Scottish Leaving Certificate Examination, 1961
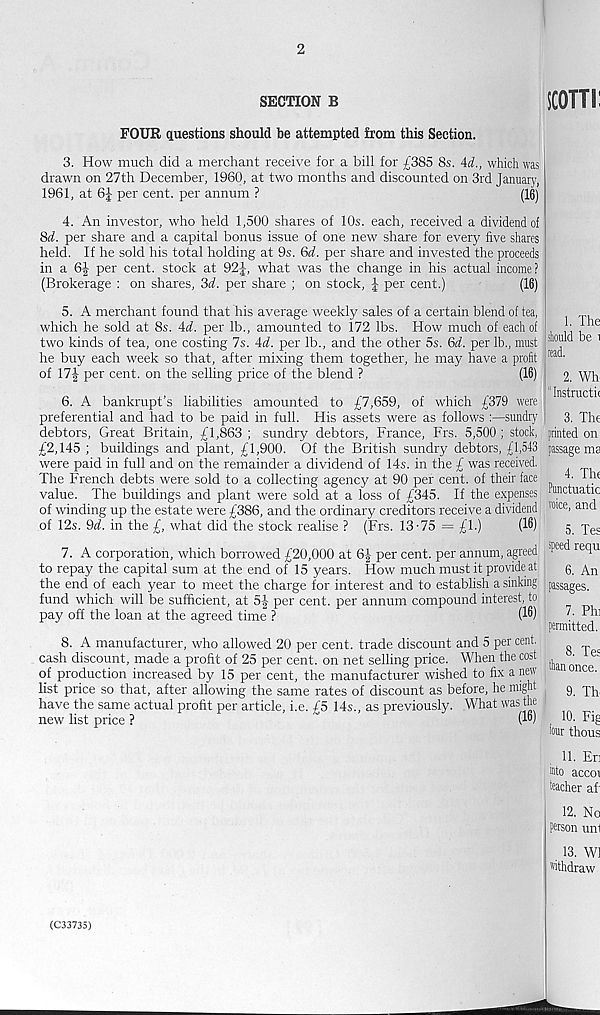
2
SECTION B
FOUR questions should be attempted from this Section.
3. How much did a merchant receive for a bill for £385 8s. Ad., which was
drawn on 27th December, 1960, at two months and discounted on 3rd January,
1961, at 6J- per cent, per annum ?
(16)
4. An investor, who held 1,500 shares of 10s. each, received a dividend of
8d. per share and a capital bonus issue of one new share for every five shares
held. If he sold his total holding at 9s. Qd. per share and invested the proceeds
in a 6| per cent, stock at 92what was the change in his actual income?
(Brokerage : on shares, 3d. per share ; on stock, J per cent.)
(16)
5. A merchant found that his average weekly sales of a certain blend of tea,
which he sold at 8s. Ad. per lb., amounted to 172 lbs. How much of each of
two kinds of tea, one costing 7s. Ad. per lb., and the other 5s. Qd. per lb., must
he buy each week so that, after mixing them together, he may have a profit
of ll\ per cent, on the selling price of the blend ?
(16)
6. A bankrupt’s liabilities amounted to £7,659, of which £379 were
preferential and had to be paid in full. His assets were as follows :—sundry
debtors, Great Britain, £1,863 ; sundry debtors, France, Frs. 5,500 ; stock,
£2,145 ; buildings and plant, £1,900. Of the British sundry debtors, £1,543
were paid in full and on the remainder a dividend of 14s. in the £ was received.
The French debts were sold to a collecting agency at 90 per cent, of their face
value. The buildings and plant were sold at a loss of £345. If the expenses
of winding up the estate were £386, and the ordinary creditors receive a dividend
of 12s. 9d. in the £, what did the stock realise ? (Frs. 13-75 = £1.)
(16)
7. A corporation, which borrowed £20,000 at 6| per cent, per annum, agreed
to repay the capital sum at the end of 15 years. How much must it provide at
the end of each year to meet the charge for interest and to establish a sinking
fund which will be sufficient, at 5-|- per cent, per annum compound interest, to
pay off the loan at the agreed time ?
(16)
8. A manufacturer, who allowed 20 per cent, trade discount and 5 per cent,
cash discount, made a profit of 25 per cent, on net selling price. When the cost
of production increased by 15 per cent, the manufacturer wished to fix a new
list price so that, after allowing the same rates of discount as before, he might
have the same actual profit per article, i.e. £5 14s., as previously. What was the
new list price ?
(16)
iCOTTi:
1. The
should be i
read.
2. Wh
“ Instructie
3. The
printed on
passage ma
4. The
Punctuatic
voice, and
5. Tes
speed requ
6. An
passages.
7. Phi
permitted.
8. Tes
than once.
9. Th
10. Fig
four thous
11. En
iuto accoi
teacher af
12. No
Person uni
. 13. W1
"'ithdraw
(C33735)